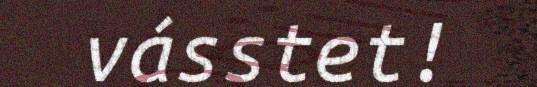
vásstet!